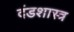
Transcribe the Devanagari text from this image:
दंडशास्त्र